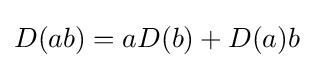
D(ab)=aD(b)+D(a)b